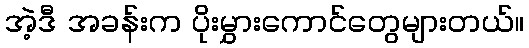
အဲ့ဒီ အခန်းက ပိုးမွှားကောင်တွေများတယ်။